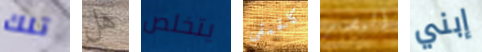
تلك هل يتخلص كالحمقى البصر إبني